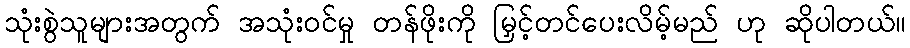
သုံးစွဲသူများအတွက် အသုံးဝင်မှု တန်ဖိုးကို မြှင့်တင်ပေးလိမ့်မည် ဟု ဆိုပါတယ်။